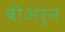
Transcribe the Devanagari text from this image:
बीअर्न